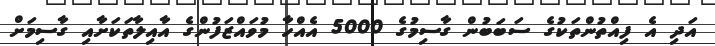
އަދި އެ ފިއްތުންތަކުގެ ސަބަބުން ގާސިމުގެ 5000 އެއްހާ މުވައްޒަފުންގެ އާއިލާތަކަށާއި ގާސިމަށް